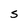
Character: S